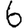
Digit: 6